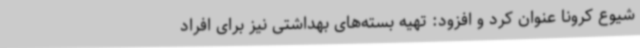
شیوع کرونا عنوان کرد و افزود: تهیه بسته‌های بهداشتی نیز برای افراد